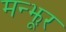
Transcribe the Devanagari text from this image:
मन्झूर